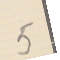
5